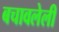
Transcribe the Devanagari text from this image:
बचावलेली